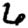
Digit: 6